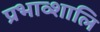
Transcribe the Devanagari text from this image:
प्रभाव्शालि